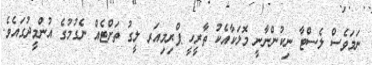
ނަމަވެސް ލެސްޓާ ނިކުންނާނީ މޮޅަކާއެކު ތާރީހީ ޕްރިމިއަރ ލީގު ތަށްޓެއް ނެގުމުގެ އުންމީދުގައެވެ.